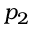
p _ { 2 }